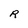
Character: R